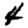
Digit: 4